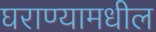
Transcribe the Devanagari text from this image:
घराण्यामधील